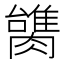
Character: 𰯠